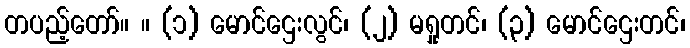
တပည့်တော်။ ။ (၁) မောင်ဌေးလွင်၊ (၂) မရှုတင်၊ (၃) မောင်ဌေးတင်၊